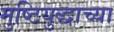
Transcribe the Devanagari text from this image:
मुष्टियुद्धाच्या